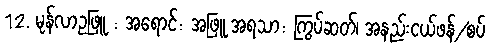
12. မုန်လာဥဖြူ : အရောင်: အဖြူ အရသာ: ကြွပ်ဆတ်၊ အနည်းငယ်ဖန်/စပ်